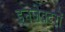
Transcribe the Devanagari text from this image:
इनजेक्टरों